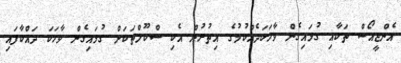
އެންޖީއޯސް ތަކާއި ގުޅައިގެން ވާހަކަދެއްކުމުގެ އިތުރުން އެކި ސްކޫލްތަކަށް ގުޅައިގެން ވާހަކަ ދައްކާފައި